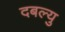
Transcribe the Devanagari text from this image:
दबल्यु